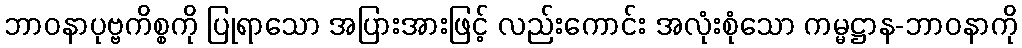
ဘာဝနာပုဗ္ဗကိစ္စကို ပြုရာသော အပြားအားဖြင့် လည်းကောင်း အလုံးစုံသော ကမ္မဋ္ဌာန-ဘာဝနာကို